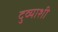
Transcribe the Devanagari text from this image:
दुव्याशी